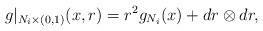
LaTeX: \begin{align*}g|_{N_i\times (0,1)}(x,r)=r^2g_{N_i}(x)+dr\otimes dr,\end{align*}